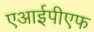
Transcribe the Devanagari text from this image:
एआईपीएफ